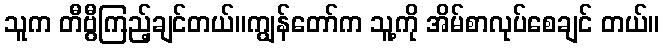
သူက တီဗွီကြည့်ချင်တယ်။ကျွန်တော်က သူ့ကို အိမ်စာလုပ်စေချင် တယ်။